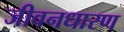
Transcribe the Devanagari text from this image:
जीवनधारण